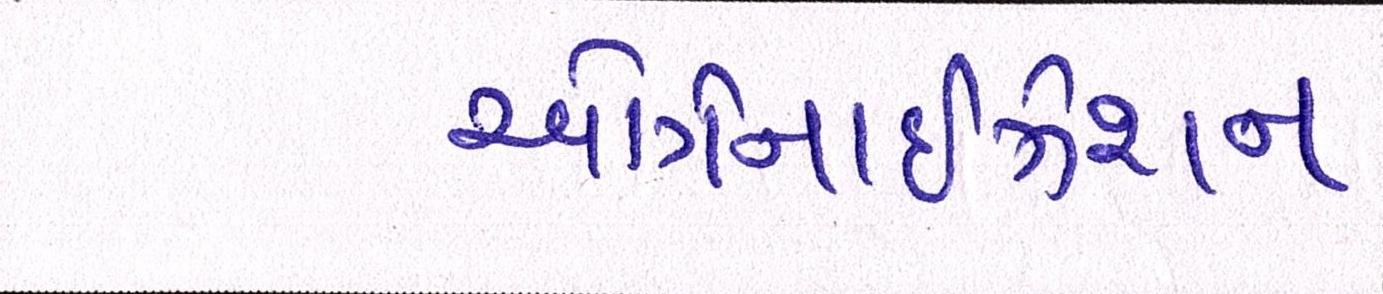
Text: ઓર્ગેનાઈઝેશન